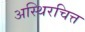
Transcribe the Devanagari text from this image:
अस्थिरचित्त